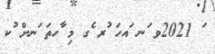
ަ 2021ވ ަނ ައހަ ުރ ެގ މި ާހތަ ަނށް ުކ